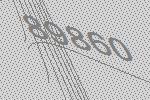
89860